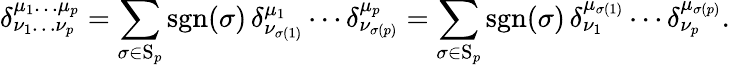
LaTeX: \delta_{\nu_{1}\dots\nu_{p}}^{\mu_{1}\dots\mu_{p}}=\sum_{\sigma\in\mathrm{S}_{p}}\operatorname{sgn}(\sigma)\, \delta_{\nu_{\sigma(1)}}^{\mu_{1}}\cdots\delta_{\nu_{\sigma(p)}}^{\mu_{p}}=\sum_{\sigma\in\mathrm{S}_{p}}\operatorname{sgn}(\sigma)\, \delta_{\nu_{1}}^{\mu_{\sigma(1)}}\cdots\delta_{\nu_{p}}^{\mu_{\sigma(p)}}.